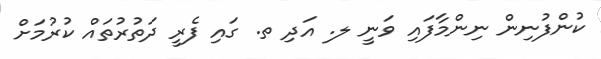
ކުންފުނިން ނިންމާފައި ވަނީ ލ. އަދި ތ. ގައި ފެރީ ދަތުރުތައް ކުރުމަށް